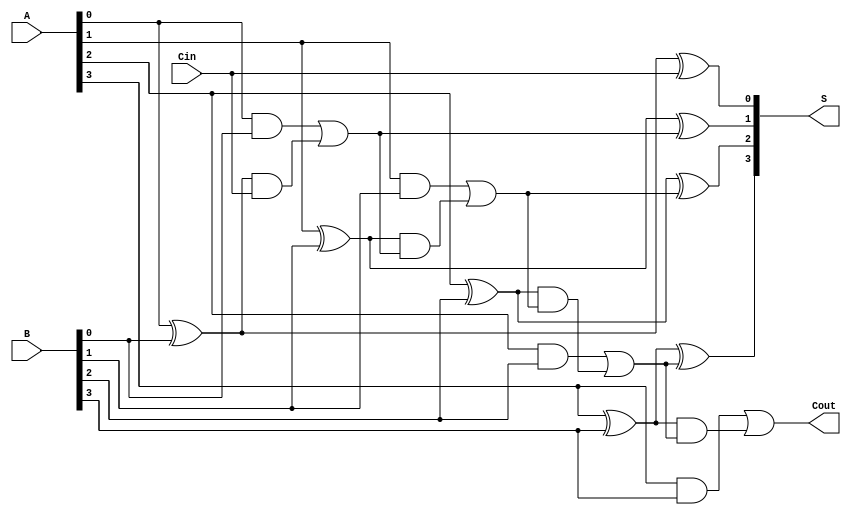
module RCLA #(parameter n = 4) (
    input [n-1:0] A,       // First n-bit input
    input [n-1:0] B,       // Second n-bit input
    input Cin,             // Carry-in
    output [n-1:0] S,      // n-bit sum output
    output Cout            // Carry-out
);

    wire [n-1:0] G;        // Generate signals
    wire [n-1:0] P;        // Propagate signals
    wire [n:0] C;          // Carry signals

    // Generate and Propagate calculations
    genvar i;
    generate
        for (i = 0; i < n; i = i + 1) begin : gen_prop
            assign G[i] = A[i] & B[i];          // Generate
            assign P[i] = A[i] ^ B[i];          // Propagate
        end
    endgenerate

    // Carry signal calculations
    assign C[0] = Cin;  // C0 is the initial carry-in

    generate
        for (i = 0; i < n; i = i + 1) begin : carry_calc
            if (i == 0) begin
                assign C[i + 1] = G[i] | (P[i] & C[i]);
            end else begin
                assign C[i + 1] = G[i] | (P[i] & C[i]);
            end
        end
    endgenerate

    // Sum calculations
    generate
        for (i = 0; i < n; i = i + 1) begin : sum_calc
            assign S[i] = P[i] ^ C[i];  // Sum bit calculation
        end
    endgenerate

    // Final carry-out
    assign Cout = G[n-1] | (P[n-1] & C[n-1]);

endmodule